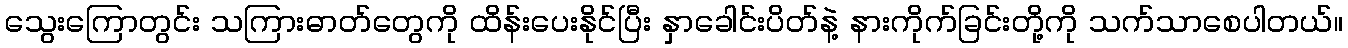
သွေးကြောတွင်း သကြားဓာတ်တွေကို ထိန်းပေးနိုင်ပြီး နှာခေါင်းပိတ်နဲ့ နားကိုက်ခြင်းတို့ကို သက်သာစေပါတယ်။